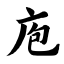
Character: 庖